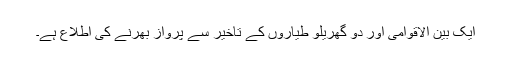
ایک بین الاقوامی اور دو گھریلو طیاروں کے تاخیر سے پرواز بھرنے کی اطلاع ہے۔